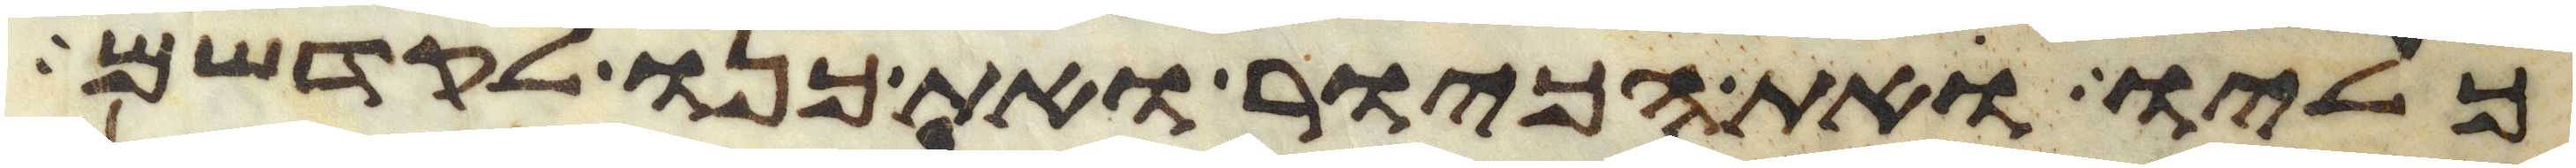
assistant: כליו ואת הכיור ואת כנו לקדשם